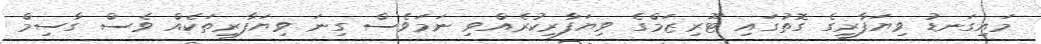
މައިގަނޑު ވިޔަފާރީގެ ގޮތުގައި ޓޫރިޒަމްގެ ވިޔަފާރިކުރެއްވި ނަމަވެސް ގިނަ ވިޔަފާރިތަކެއް ވެސް ގާސިމް